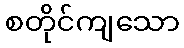
စတိုင်ကျသော